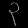
Digit: ၃